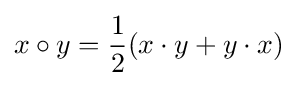
x\circ y={\frac {1}{2}}(x\cdot y+y\cdot x)